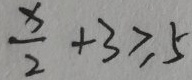
\frac { x } { 2 } + 3 \geq 5